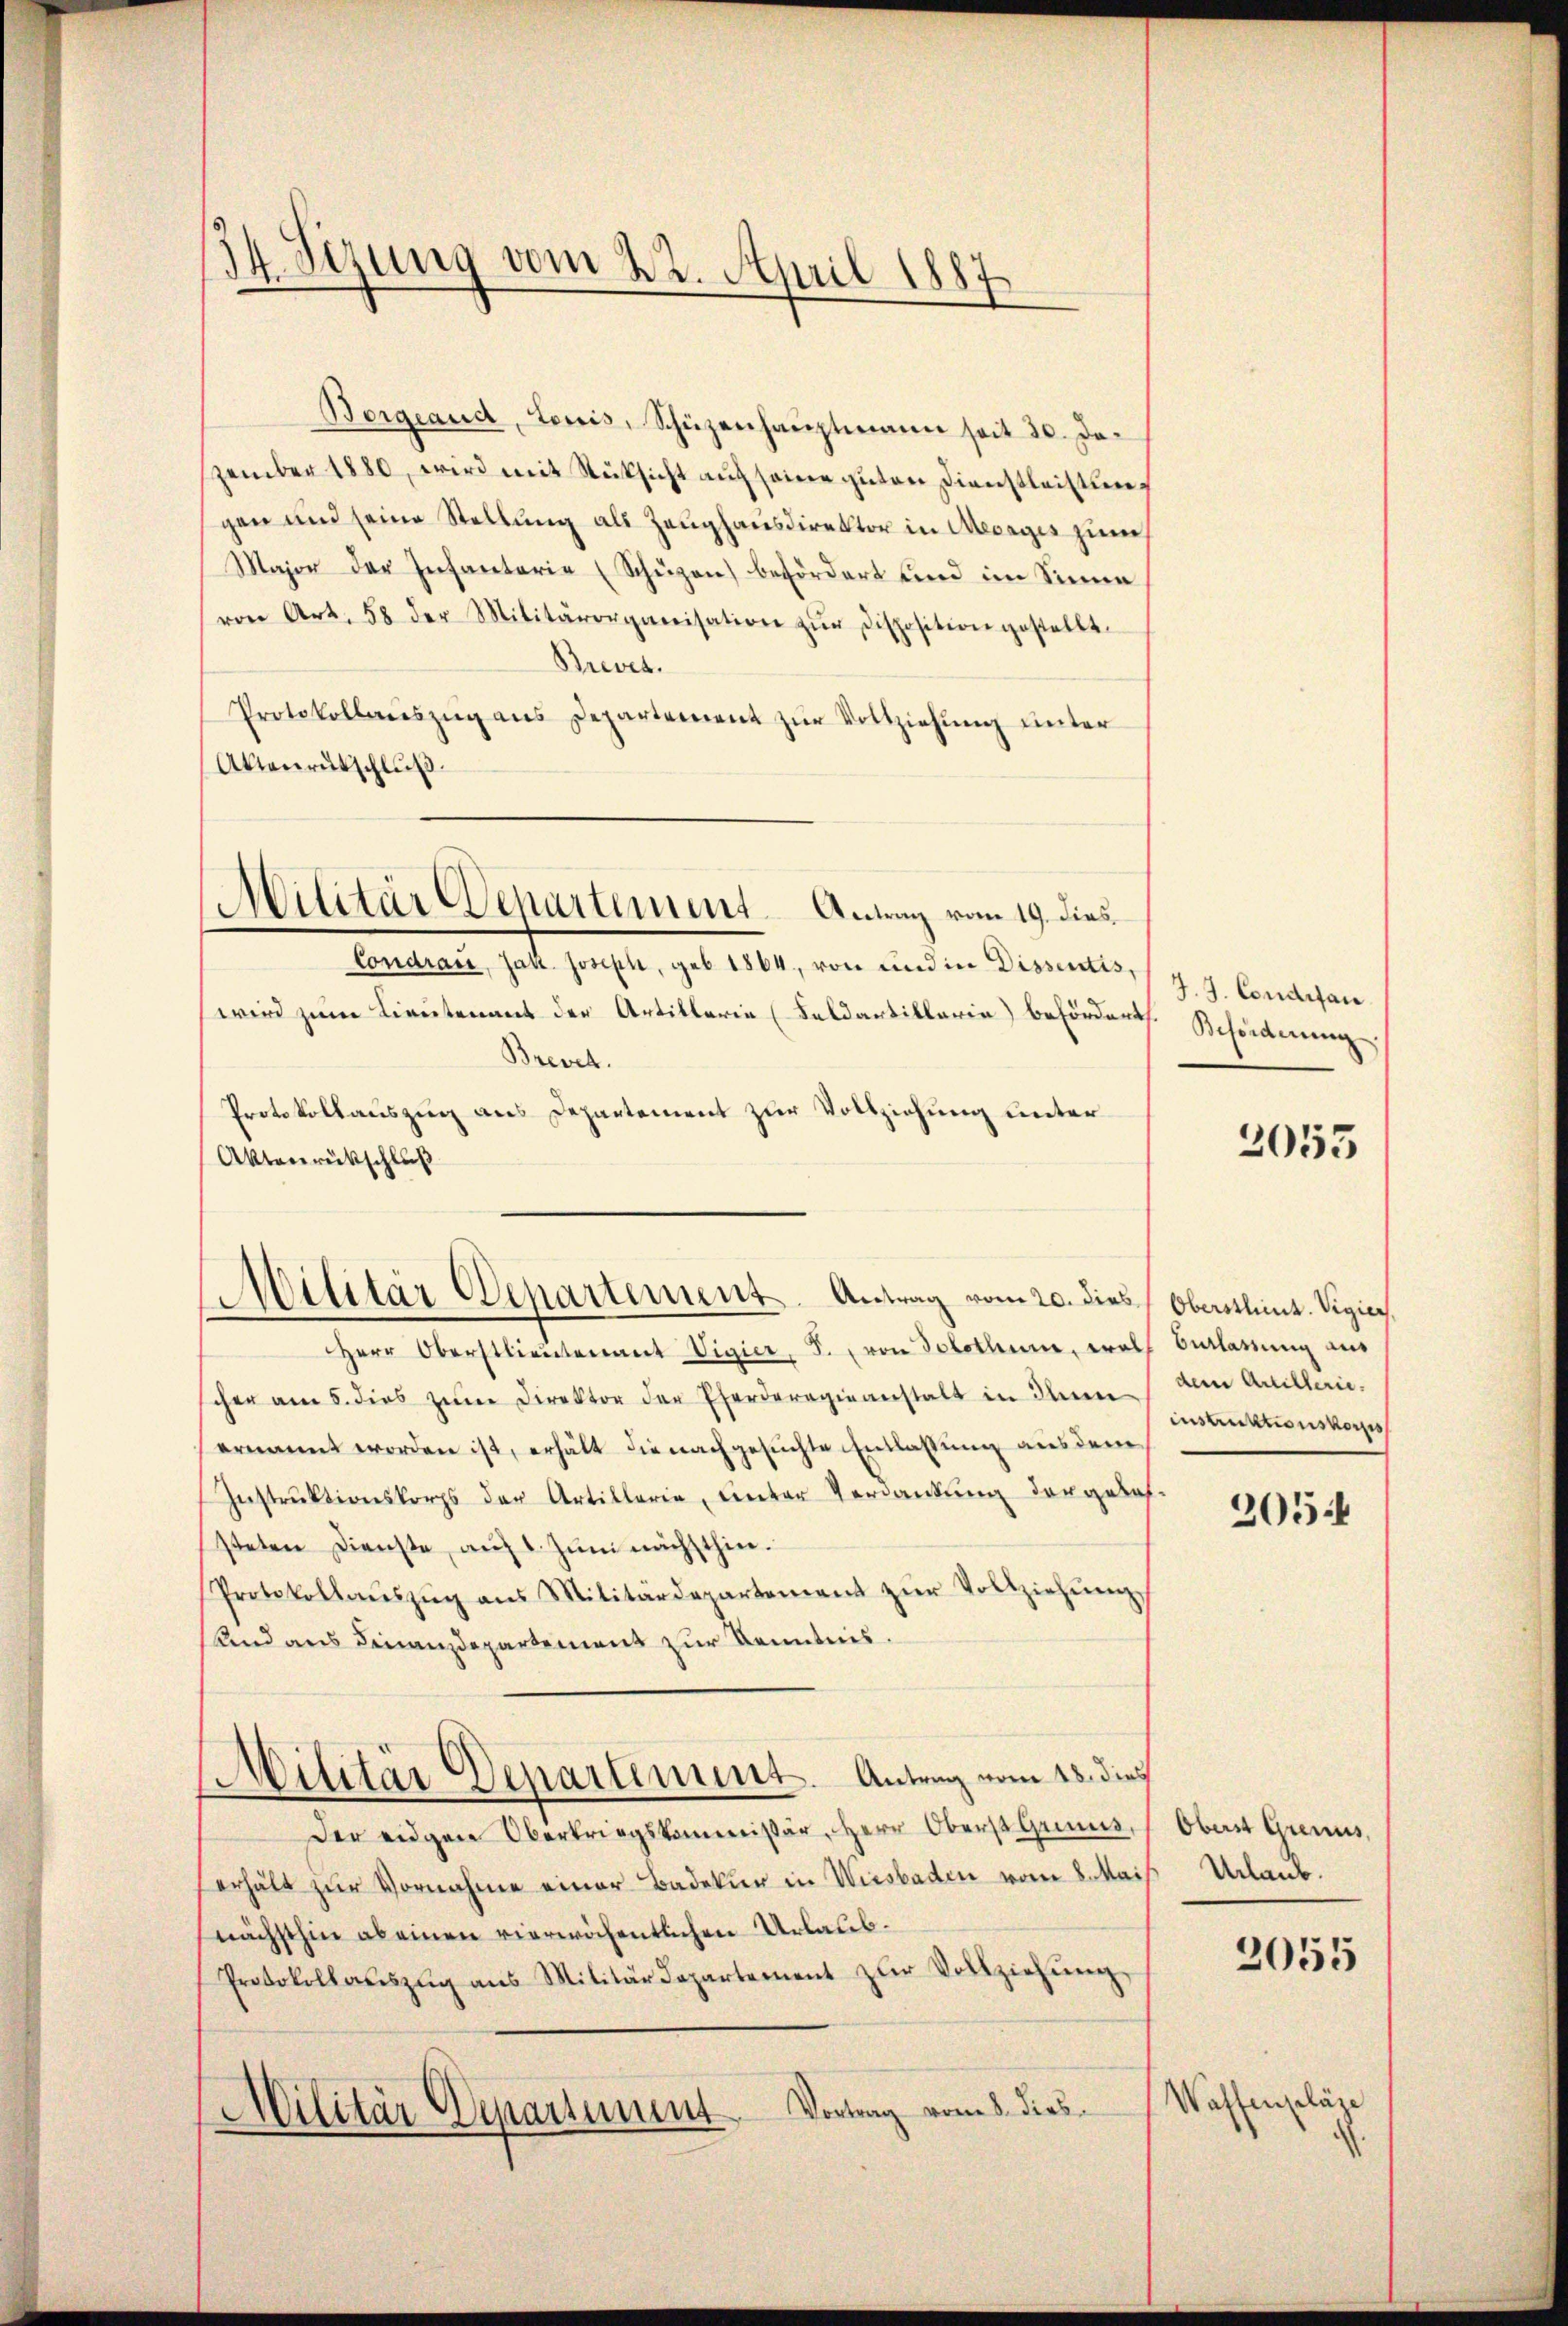
14 Sizung vom 22. April 1887

Militär Departement. Antrag vom 19. dies

Borgeand, Lowis, Schüzenhaŭptmann seit 30. De-
zember 1880, wird mit Rüksicht auf seine guten Dienstleistung
gen und seine Stellung als Zeughausdirektor in Mevages zum
Major der Infantarie (Schüzen) befördert und im Sinne
von Art. 58 der Militärorganisation zŭr Disposition gestellt.
Brevet.
Protokollaŭszŭg ans Departement zŭr Vollziehung unter
Aktenrütschluß.
Condrau, Jak. Joseph, geb. 1864, von und in Dissentis,
wird zum Lieutenant der Artiklerie (Feldartillaria) befördert.
Brevel.
Protokollauszug aus Departement zur Vollziehung unter
Herr Oberstlieutenant Vigier, S. von Solothum, woll Verlassung aus
scher am 5. dies zŭm Direktor der Pferderogieanstalt in Ihnen am Anillenernannt worden ist, erhält die nachgesuchte Entlassung ausdem
Instrŭktionskorps der Artillaria, unter Verdankung dergeles-
steten Dienste, auf 1. Juni nächsthin.
Protokollaŭszŭg ans Militärdepartement zŭr Vollziehŭng
Knd aus Finanzdepartement zur Kenntnis.
d
Dilitär Departement. Antrag vom 13. dies
Der eidgen Oberkriegskommissär, Herr Oberst Genus,
erhält zŭr Vornahme einer Badekier in Wiesbaden vom 8. Mai
nächsthin ab einen vierwöchentlichen Urlaub¬
Protokollaŭszŭg ans Militärdepartement zŭr Vollziehŭng
Vortrag vom 8. dies
e
Militär Departiunt.

Aktenrückschluß
Militär Departement. Antrag vom 20. dies Oberstlieut. Vigier,

J. J. Conditan
Behörderung.

2053

instruktionskorps

205

Oberst Grenus,
Urlaub.

2055

Waffenpläge